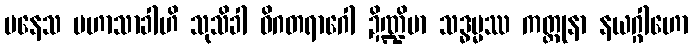
ပနေသ မဟာသာခါဟိ သုသိခါ ဝိဂတရာဂေါ ဍိဏ္ဍိမာ သဒ္ဓမ္မဿ ကတ္တုနာ နယဂ္ဂါဟော